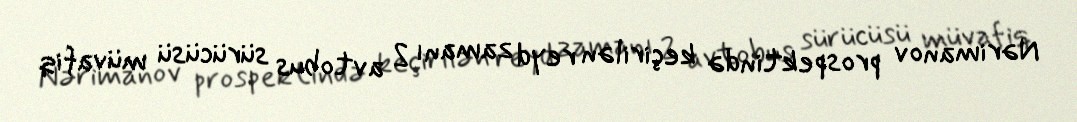
Nərimanov prospektində keçirilən reyd zamanı 2 avtobus sürücüsü müvafiq